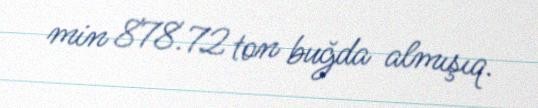
min 878.72 ton buğda almışıq.